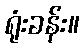
ရုံးခန်း။